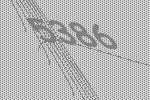
5386